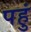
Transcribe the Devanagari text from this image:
पहुं